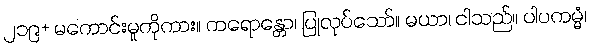
၂၁၉+ မကောင်းမှုကိုကား။ ကရောန္တော၊ ပြုလုပ်သော်။ မယာ၊ ငါသည်။ ပါပကမ္မံ၊